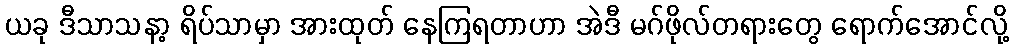
ယခု ဒီသာသနာ့ ရိပ်သာမှာ အားထုတ် နေကြရတာဟာ အဲဒီ မဂ်ဖိုလ်တရားတွေ ရောက်အောင်လို့